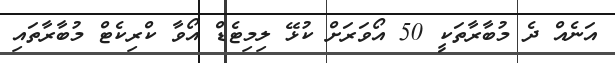
އަނެއް ދެ މުބާރާތަކީ 50 އޯވަރަށް ކުޅޭ ލިމިޓެޑް އޯވާ ކްރިކެޓް މުބާރާތައި